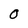
Character: O